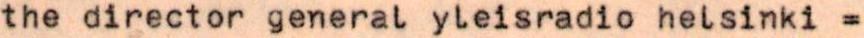
the director general yleisradio helsinki =